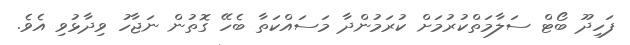
ފަހިދޫ ބޯޓް ސަލާމަތްކުރުމަށް ކުރަމުންދާ މަސައްކަތާ ބެހޭ ގޮތުން ނަޖާހު ވިދާޅުވި އެވެ.